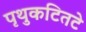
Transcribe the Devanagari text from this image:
पृथुकटितटे